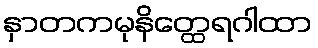
နှာတကမုနိတ္ထေရဂါထာ